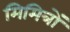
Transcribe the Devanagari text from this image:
मिमित्रों